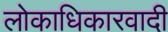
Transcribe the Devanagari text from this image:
लोकाधिकारवादी